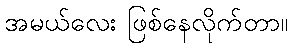
အမယ်လေး ဖြစ်နေလိုက်တာ။